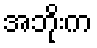
အဘိုးက